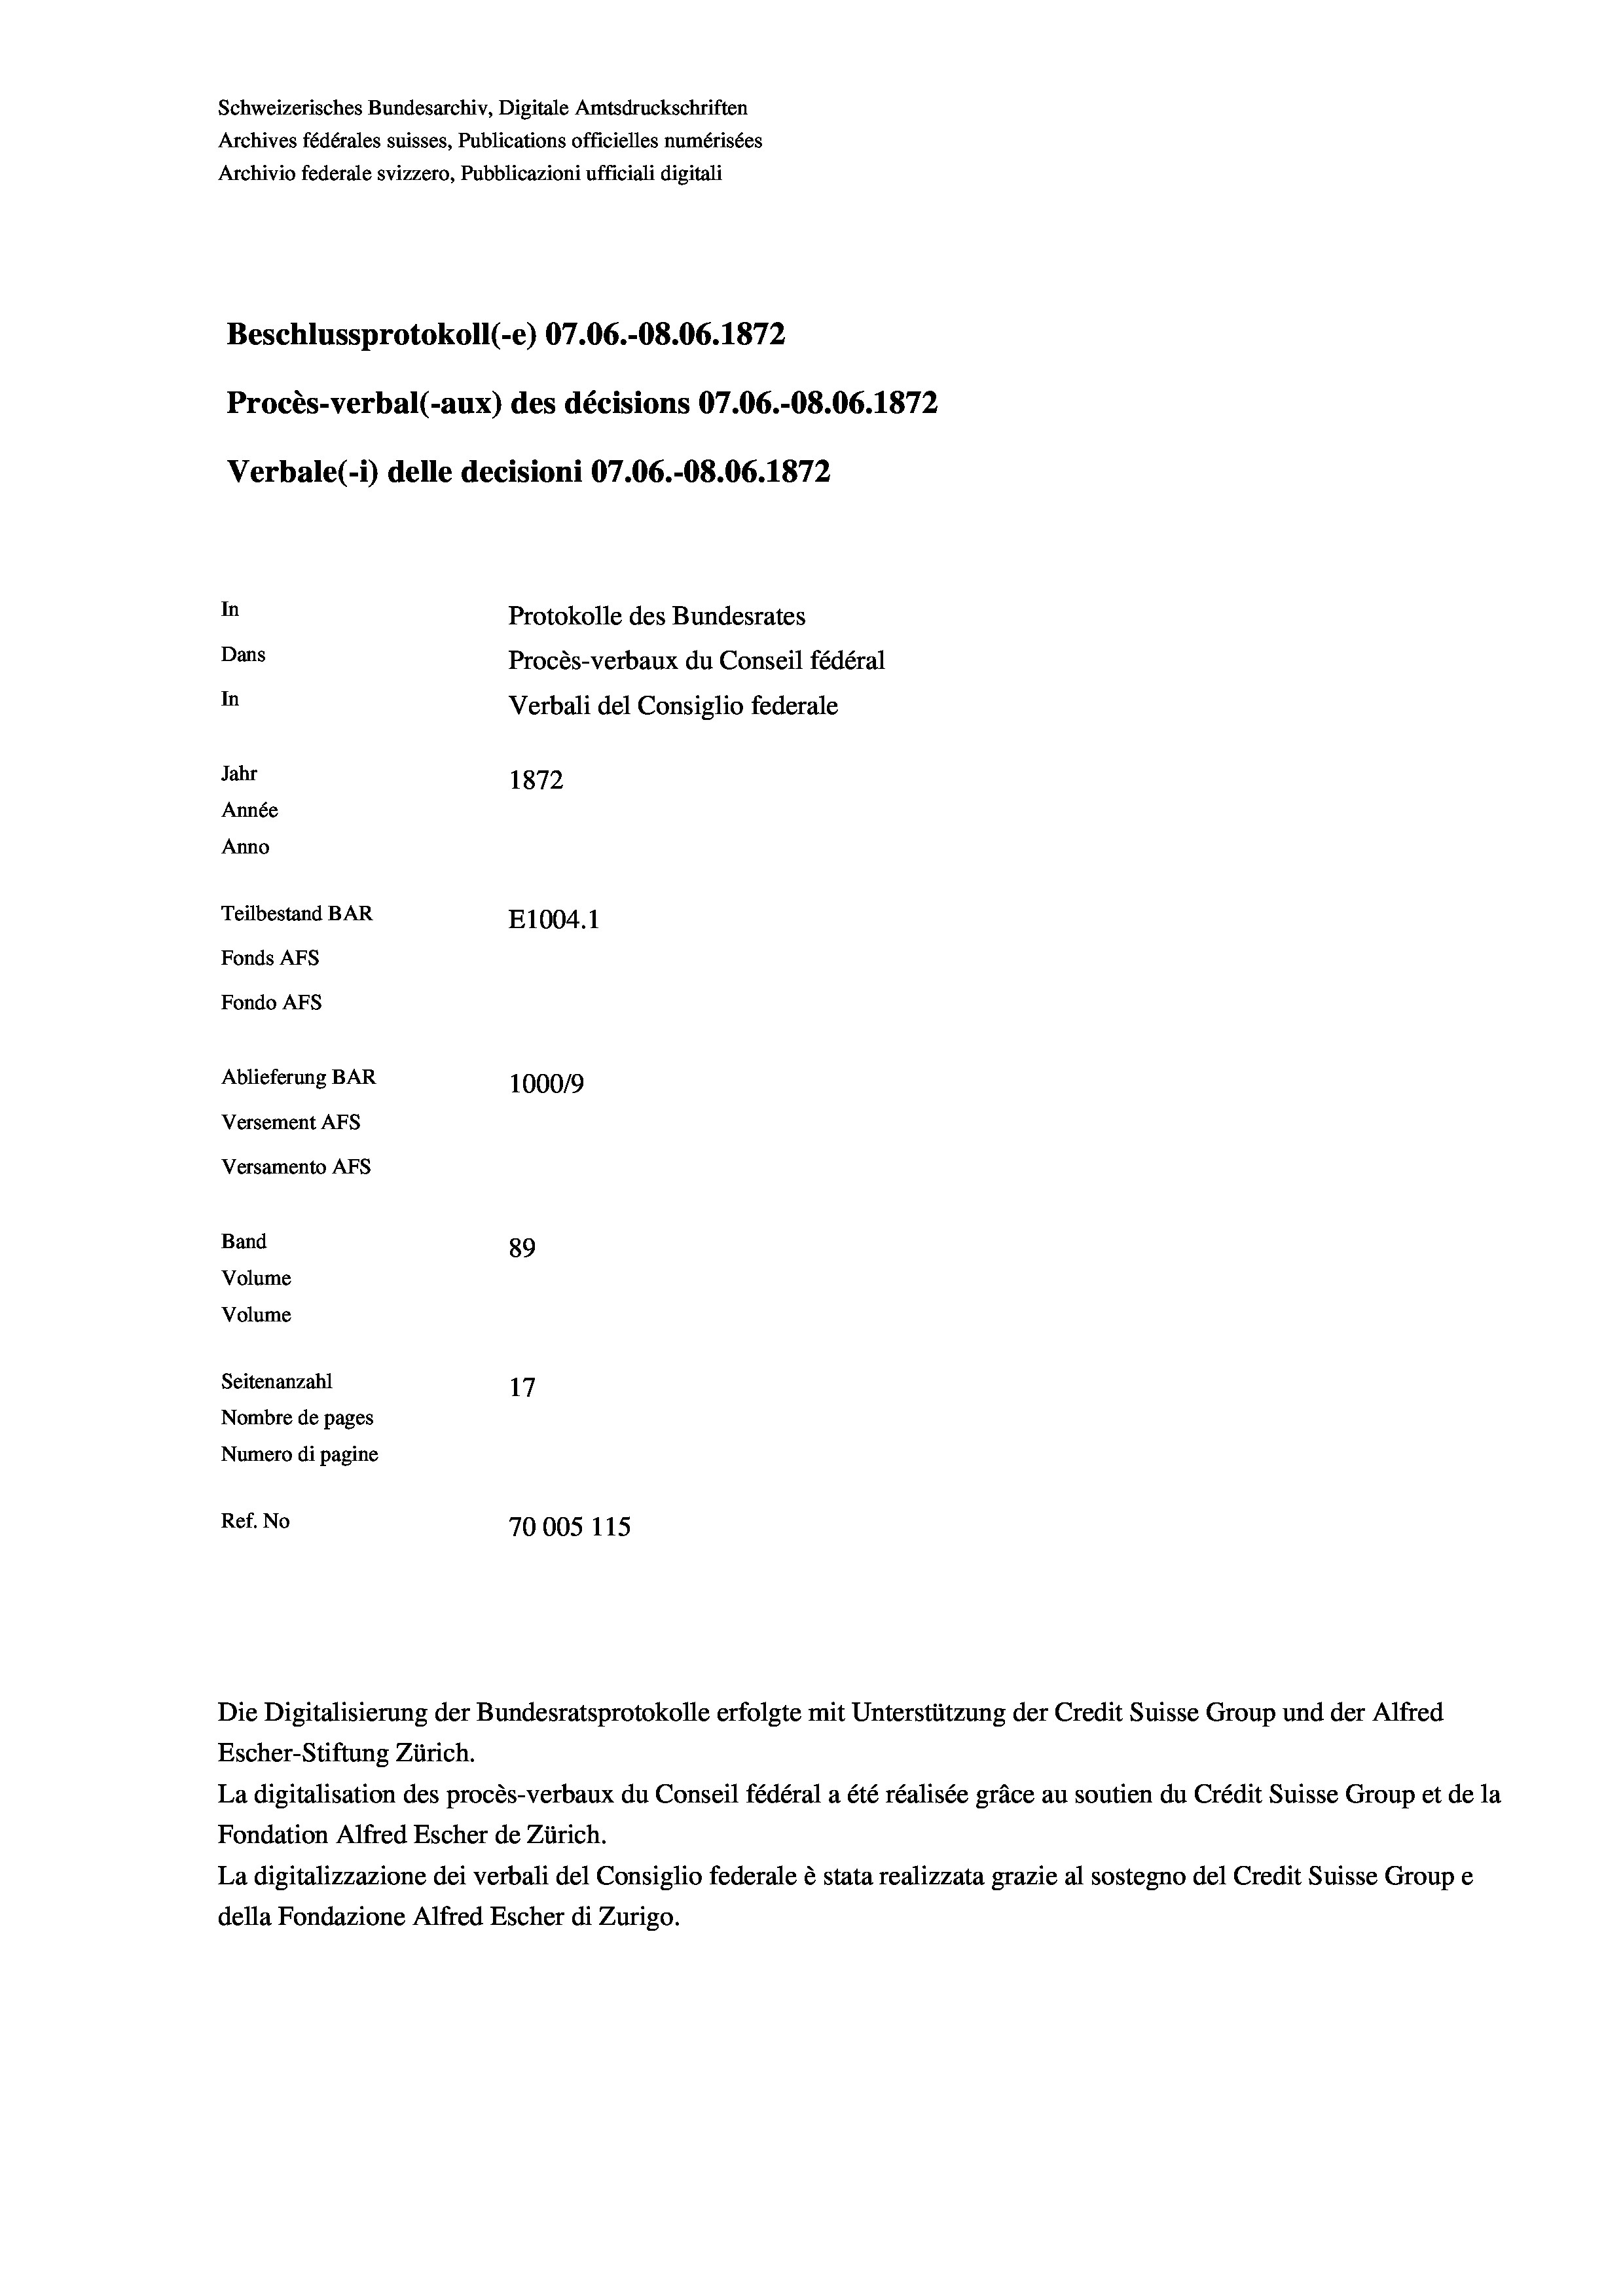
Schweizerisches Bundesarchiv, Digitale Amtsdruckschriften
Archives fédérales suisses, Publications officielles numérisées
Archivio federale svizzero, Pubblicazioni ufficiali digitali
Beschlussprotokoll (-e) 07.06.-O8.06. 1872
Procès-verbal (-aux) des décisions 07.06.-O8.06. 1872
Verbale (i) delle decisioni 07.06.-O8.06. 1872
In
Protokolle des Bundesrates
Dans
Procès-verbaux du Conseil fédéral
In
Verbali del Consiglio federale
Jahr
1872
Année
Anno
Teilbestand BAR
E1004. 1
Fonds Afs
Fondo Afs
Ablieferung BAR
100019
Versement AFs
Versamento AFs
Band
89
Volume
Volume
Seitenanzahl
Nombre de pages
Numero di pagine
Ref. No
70005 115

Escher-Stiftung Zürich.
La digitalisation des procès-verbaux du Conseil fédéral a été réalisée gräce au soutien du Crédit Suisse Group et de la
Fondation Alfred Escher de Zürich.
La digitalizzazione dei verbali del Consiglio federale è stata realizzata grazie al sostegno del Credit Suisse Groupe
della Fondazione Alfred Escher di Zurigo.

Die Digitalisierung der Bundesratsprotokolle erfolgte mit Unterstützung der Credit Suisse Group und der Alfred